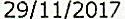
29/11/2017